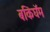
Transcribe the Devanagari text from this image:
बकिंघॅम